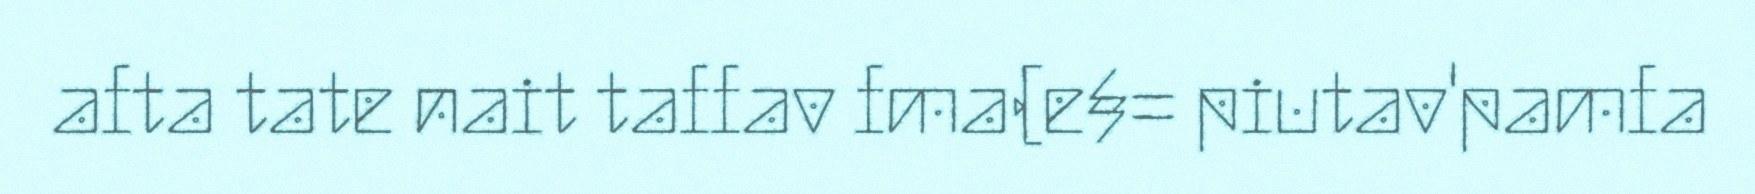
afta tate nait taffav fma(e§= piutav'pamfa